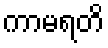
ကာမရတိ